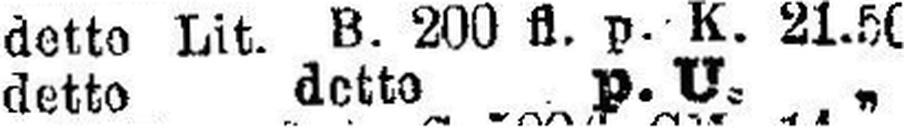
detto detto p. U. „